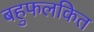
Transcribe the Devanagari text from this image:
बहुफलकित